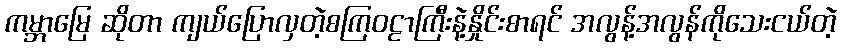
ကမ္ဘာမြေ ဆိုတာ ကျယ်ပြောလှတဲ့စကြဝဠာကြီးနဲ့နှိုင်းစာရင် အလွန့်အလွန်ကိုသေးငယ်တဲ့